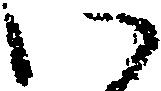
い